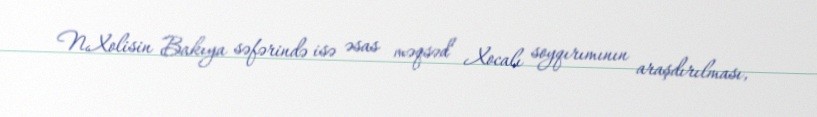
N.Xolisin Bakıya səfərində isə əsas məqsəd Xocalı soyqırımının araşdırılması,